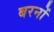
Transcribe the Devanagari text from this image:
बरनों